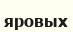
яровых